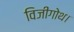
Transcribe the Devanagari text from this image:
विजीगोथ।